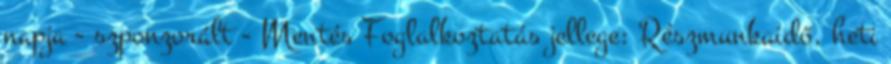
napja - szponzorált - Mentés Foglalkoztatás jellege: Részmunkaidő, heti